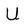
Character: U